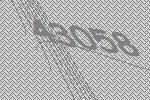
43058